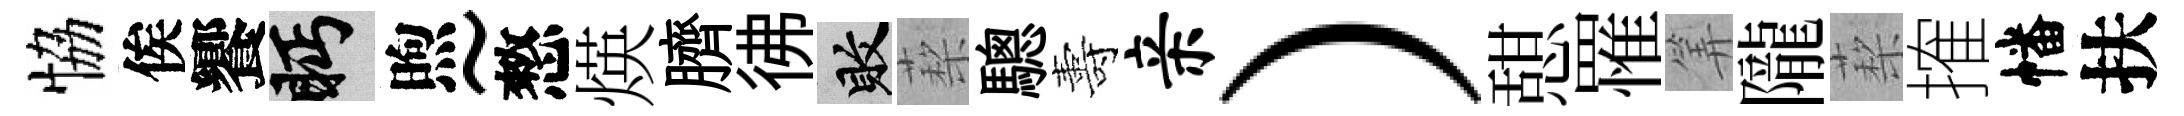
恊俟饗眄煦~憗煐臍彿敗蔾驄夀亲）憇罹筭隴蔾搉幡扶